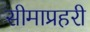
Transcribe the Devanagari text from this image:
सीमाप्रहरी